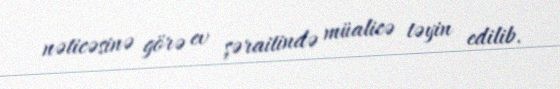
nəticəsinə görə ev şəraitində müalicə təyin edilib.